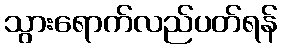
သွားရောက်လည်ပတ်ရန်